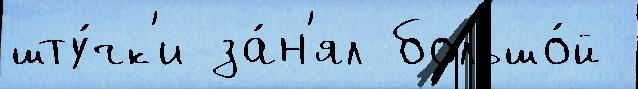
шту́чк'и за́н'ял большо́й